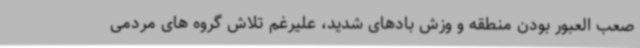
صعب العبور بودن منطقه و وزش بادهای شدید، علیرغم تلاش گروه های مردمی